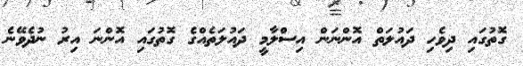
ގޮތުގައި ދިވެހި ދައުލަތް އޮންނަން އިސްލާމީ ދައުލަތެއްގެ ގޮތުގައި އޮންނަ އިރު ނުދެވޭނެ